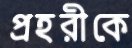
প্রহরীকে